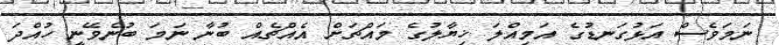
ނަމަވެސް އަޅުގަނޑުގެ އަމިއްލަ ޚިޔާލުގެ މައްޗަށް އެއްޗެއް ބުނާ ނަމަ ބުނެވޭނީ ހުއްދަ